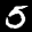
Label: 5